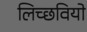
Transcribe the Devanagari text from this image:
लिच्छवियो